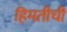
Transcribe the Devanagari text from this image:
हिमतीची